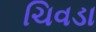
ચિવડા